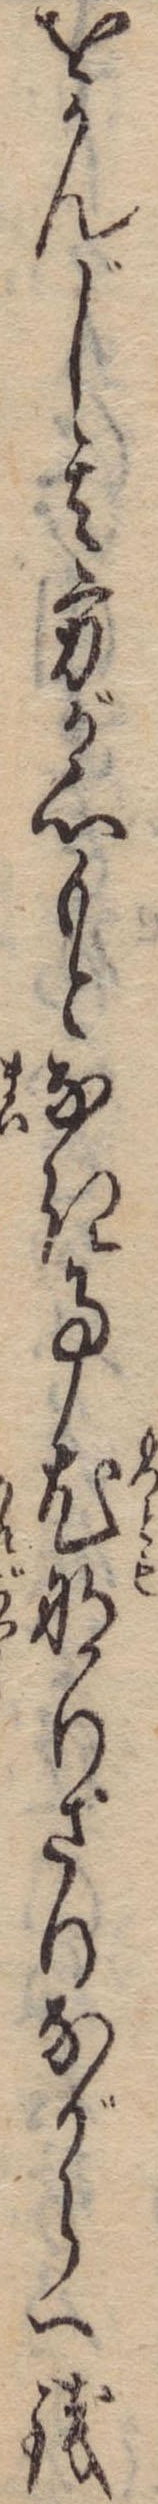
をかんじ其方が心もとなき事尤なりさりながら一銭